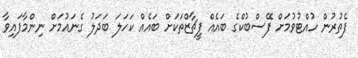
ފެތުރުން ހުއްޓުވުމަށް ފޭސްބުކްގެ ބައެއް ފީޗާޒްތަކަށް ބައެއް ކަހަލަ ބަދަލު ގެނައުމަށް ނިންމާފައިވާ